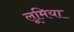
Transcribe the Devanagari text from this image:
लूमिया